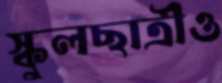
স্কুলছাত্রীও